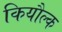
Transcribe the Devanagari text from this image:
कियौल्क